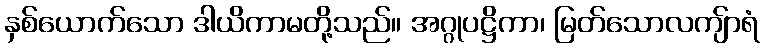
နှစ်ယောက်သော ဒါယိကာမတို့သည်။ အဂ္ဂုပဋ္ဌိကာ၊ မြတ်သောလကျ်ာရံ